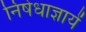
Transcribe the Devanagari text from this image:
निषेधाज्ञायें